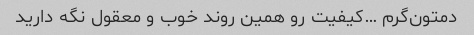
دمتون‌گرم …کیفیت رو همین روند خوب و معقول نگه دارید